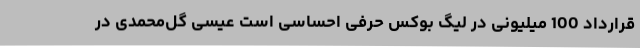
قرارداد 100 میلیونی در لیگ بوکس حرفی احساسی است عیسی گل‌محمدی در